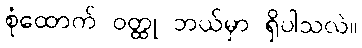
စုံထောက် ဝတ္ထု ဘယ်မှာ ရှိပါသလဲ။